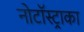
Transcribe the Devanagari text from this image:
नोटॉस्ट्राका